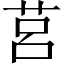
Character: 莒